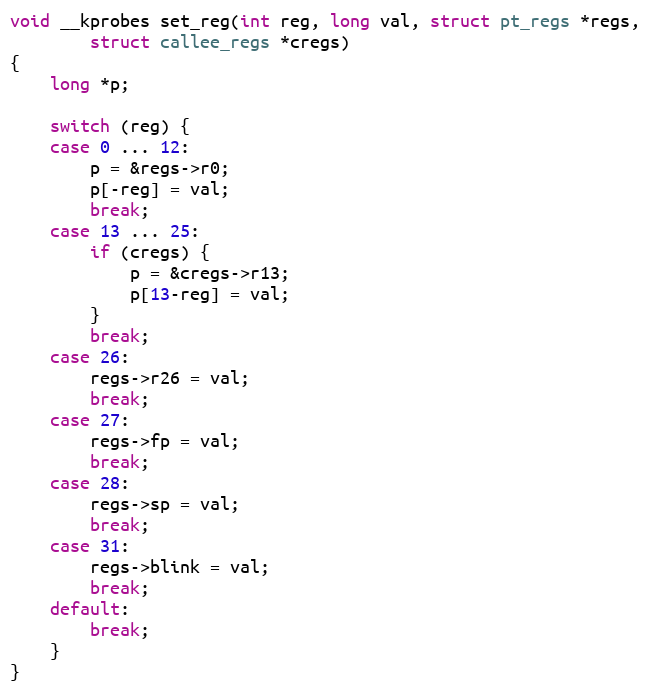
Language: C
void __kprobes set_reg(int reg, long val, struct pt_regs *regs,
		struct callee_regs *cregs)
{
	long *p;

	switch (reg) {
	case 0 ... 12:
		p = &regs->r0;
		p[-reg] = val;
		break;
	case 13 ... 25:
		if (cregs) {
			p = &cregs->r13;
			p[13-reg] = val;
		}
		break;
	case 26:
		regs->r26 = val;
		break;
	case 27:
		regs->fp = val;
		break;
	case 28:
		regs->sp = val;
		break;
	case 31:
		regs->blink = val;
		break;
	default:
		break;
	}
}